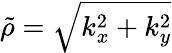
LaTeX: \tilde{\rho}=\sqrt{k_{x}^{2}+k_{y}^{2}}